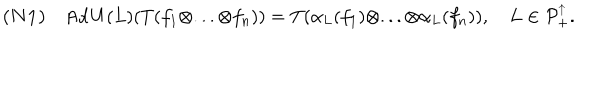
{ \bf ( N 1 ) } \quad \mathrm { A d } \, U ( L ) ( T ( f _ { 1 } \otimes . . . \otimes f _ { n } ) ) = T ( \alpha _ { L } ( f _ { 1 } ) \otimes . . . \otimes \alpha _ { L } ( f _ { n } ) ) , \quad L \in { \cal P } _ { + } ^ { \uparrow } . \nonumber